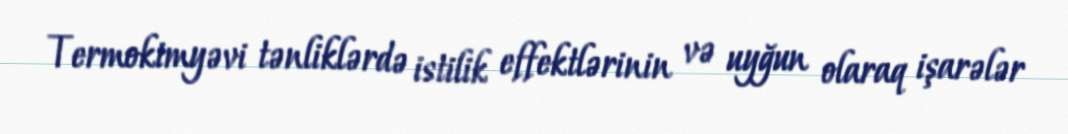
Termokimyəvi tənliklərdə istilik effektlərinin və uyğun olaraq işarələr